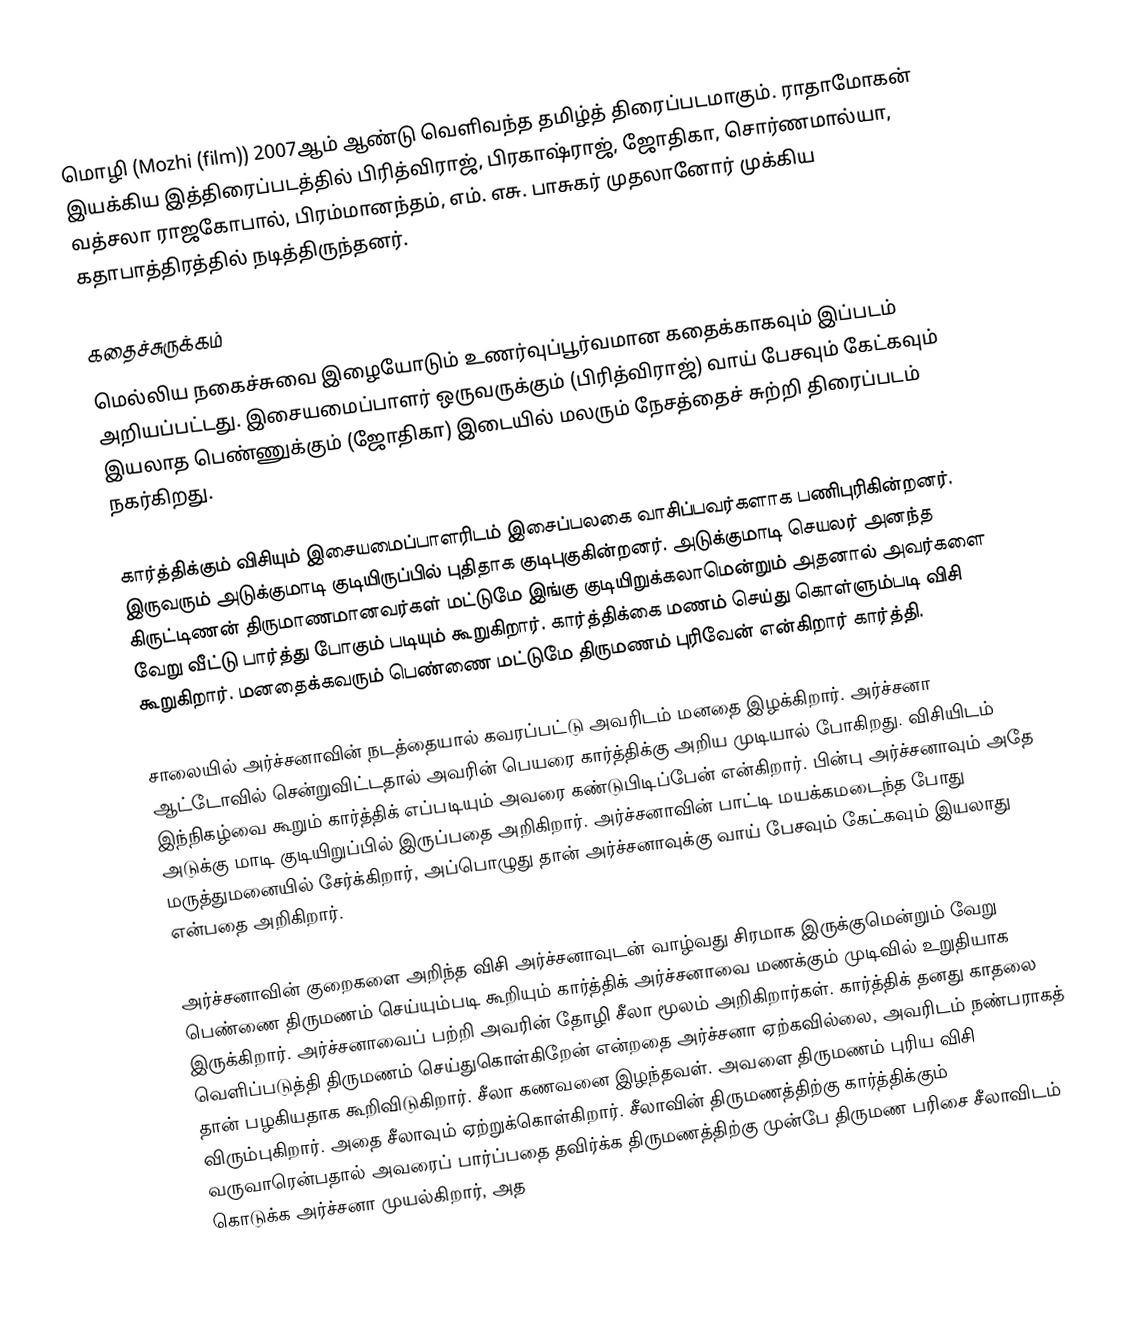
மொழி (Mozhi (film)) 2007ஆம் ஆண்டு வெளிவந்த தமிழ்த் திரைப்படமாகும். ராதாமோகன்  இயக்கிய இத்திரைப்படத்தில் பிரித்விராஜ், பிரகாஷ்ராஜ், ஜோதிகா, சொர்ணமால்யா, வத்சலா ராஜகோபால், பிரம்மானந்தம், எம். எசு. பாசுகர் முதலானோர் முக்கிய கதாபாத்திரத்தில் நடித்திருந்தனர்.

கதைச்சுருக்கம்
மெல்லிய நகைச்சுவை இழையோடும் உணர்வுப்பூர்வமான கதைக்காகவும் இப்படம் அறியப்பட்டது. இசையமைப்பாளர் ஒருவருக்கும் (பிரித்விராஜ்) வாய் பேசவும் கேட்கவும் இயலாத பெண்ணுக்கும் (ஜோதிகா) இடையில் மலரும் நேசத்தைச் சுற்றி திரைப்படம் நகர்கிறது.

கார்த்திக்கும் விசியும் இசையமைப்பாளரிடம் இசைப்பலகை வாசிப்பவர்களாக பணிபுரிகின்றனர். இருவரும் அடுக்குமாடி குடியிருப்பில் புதிதாக குடிபுகுகின்றனர். அடுக்குமாடி செயலர் அனந்த கிருட்டிணன் திருமாணமானவர்கள் மட்டுமே இங்கு குடியிறுக்கலாமென்றும் அதனால் அவர்களை வேறு வீட்டு பார்த்து போகும் படியும் கூறுகிறார். கார்த்திக்கை மணம் செய்து கொள்ளும்படி விசி கூறுகிறார். மனதைக்கவரும்  பெண்ணை மட்டுமே திருமணம் புரிவேன் என்கிறார் கார்த்தி.

சாலையில் அர்ச்சனாவின் நடத்தையால் கவரப்பட்டு அவரிடம் மனதை இழக்கிறார். அர்ச்சனா ஆட்டோவில் சென்றுவிட்டதால் அவரின் பெயரை கார்த்திக்கு அறிய முடியால் போகிறது. விசியிடம் இந்நிகழ்வை கூறும் கார்த்திக் எப்படியும் அவரை கண்டுபிடிப்பேன் என்கிறார். பின்பு அர்ச்சனாவும் அதே அடுக்கு மாடி குடியிறுப்பில் இருப்பதை அறிகிறார். அர்ச்சனாவின் பாட்டி மயக்கமடைந்த போது மருத்துமனையில் சேர்க்கிறார், அப்பொழுது தான் அர்ச்சனாவுக்கு வாய் பேசவும் கேட்கவும் இயலாது என்பதை அறிகிறார்.

அர்ச்சனாவின் குறைகளை அறிந்த விசி அர்ச்சனாவுடன் வாழ்வது சிரமாக இருக்குமென்றும் வேறு பெண்ணை திருமணம் செய்யும்படி கூறியும் கார்த்திக் அர்ச்சனாவை மணக்கும் முடிவில் உறுதியாக இருக்கிறார். அர்ச்சனாவைப் பற்றி அவரின் தோழி சீலா மூலம் அறிகிறார்கள். கார்த்திக் தனது காதலை வெளிப்படுத்தி திருமணம் செய்துகொள்கிறேன் என்றதை அர்ச்சனா ஏற்கவில்லை, அவரிடம் நண்பராகத் தான் பழகியதாக கூறிவிடுகிறார். சீலா கணவனை இழந்தவள். அவளை திருமணம்  புரிய விசி விரும்புகிறார். அதை சீலாவும் ஏற்றுக்கொள்கிறார். சீலாவின் திருமணத்திற்கு கார்த்திக்கும் வருவாரென்பதால் அவரைப் பார்ப்பதை தவிர்க்க திருமணத்திற்கு முன்பே திருமண பரிசை சீலாவிடம் கொடுக்க அர்ச்சனா முயல்கிறார், அத